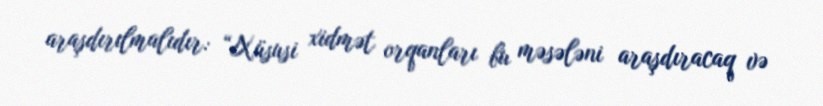
araşdırılmalıdır: “Xüsusi xidmət orqanları bu məsələni araşdıracaq və